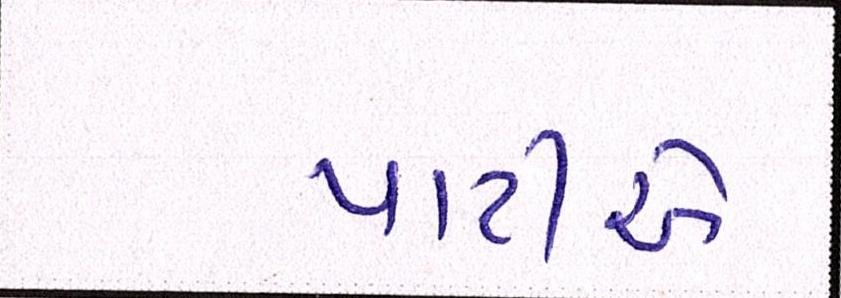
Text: પાર્ટીએ